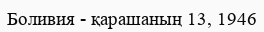
Боливия - қарашаның 13, 1946